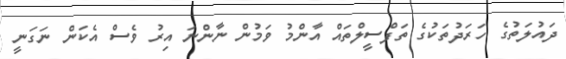
ދައުލަތުގެ ހަރަދުތަކުގެ ތަފްސީލްތައް އާންމު ވަމުން ނާންނަ އިރު ވެސް އެކަން ނަގަނީ